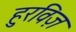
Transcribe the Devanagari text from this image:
हुरविज़